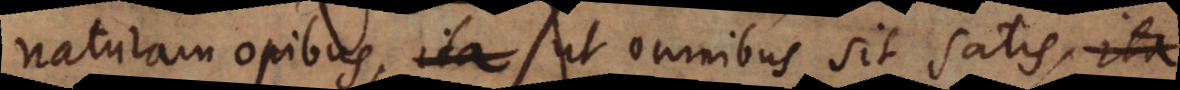
naturam opibus, ut omnibus sit satis, ita